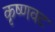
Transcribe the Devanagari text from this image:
कृष्णवट